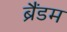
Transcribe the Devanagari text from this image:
ब्रैंडम